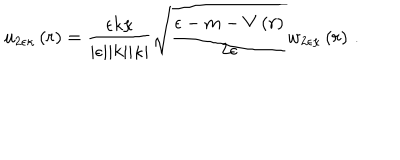
u _ { 2 \epsilon \kappa } \left( r \right) = \frac { \epsilon k \kappa } { \vert \epsilon \vert \vert k \vert \vert \kappa \vert } \sqrt { \frac { \epsilon - m - V \left( r \right) } { 2 \epsilon } } w _ { 2 \epsilon \kappa } \left( r \right) \, .